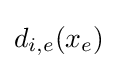
d_{i,e}(x_{e})